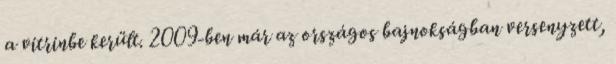
a vitrinbe került. 2009-ben már az országos bajnokságban versenyzett,